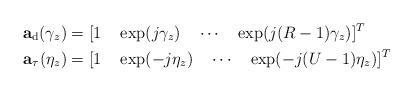
LaTeX: \begin{align*}\mathbf{a}_{\mathrm{d}}(\gamma_z)&=[1 \quad\exp(j\gamma_z)\quad\cdots\quad\exp(j(R-1)\gamma_z)]^T\\\mathbf{a}_{\tau}(\eta_z)&=[1 \quad\exp(-j\eta_z)\quad\cdots\quad\exp(-j(U-1)\eta_z)]^T\end{align*}